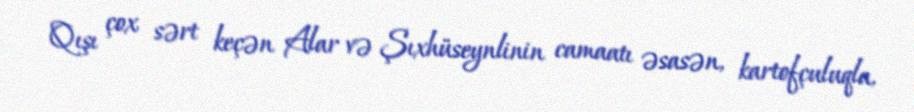
Qışı çox sərt keçən Alar və Şıxhüseynlinin camaatı əsasən, kartofçuluqla,